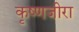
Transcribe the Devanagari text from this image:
कृष्णजीरा